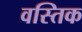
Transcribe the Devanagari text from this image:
वस्तिक